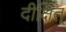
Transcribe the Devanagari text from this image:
दीक्षित्